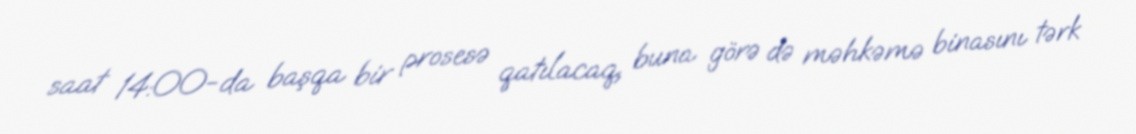
saat 14:00-da başqa bir prosesə qatılacaq, buna görə də məhkəmə binasını tərk